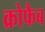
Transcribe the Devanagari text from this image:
क्रोफैब